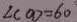
\angle C O D = 6 0 ^ { \circ }